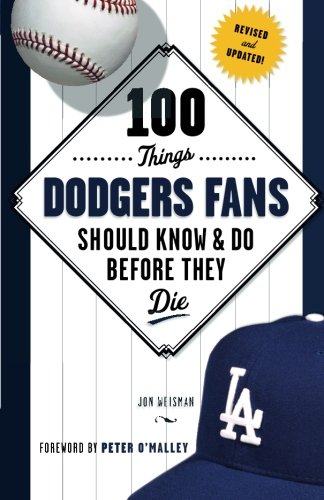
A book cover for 100 Things Dodgers Fans Should Know & Do Before They Die (100 Things...Fans Should Know); Jon Weisman; Sports & Outdoors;